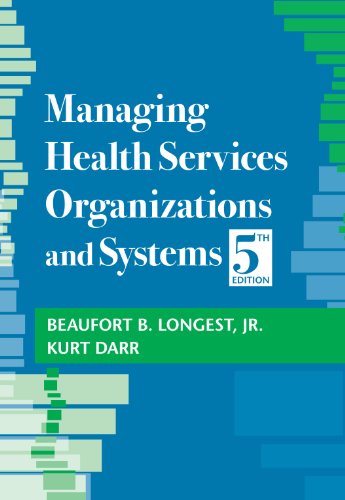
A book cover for Managing Health Services Organizations and Systems, Fifth Edition; Medical Books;